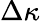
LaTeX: \Delta\kappa